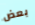
بعض